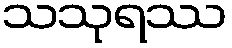
သသုရဿ